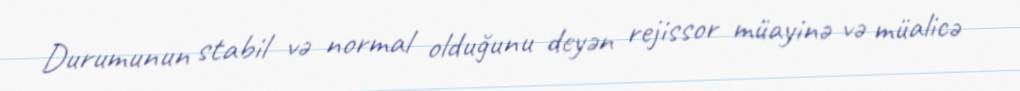
Durumunun stabil və normal olduğunu deyən rejissor müayinə və müalicə